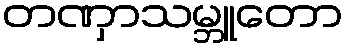
တဏှာသမ္ဘူတော